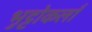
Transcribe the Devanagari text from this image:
भुट्टोकलाँ